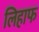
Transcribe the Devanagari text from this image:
लिहाफ